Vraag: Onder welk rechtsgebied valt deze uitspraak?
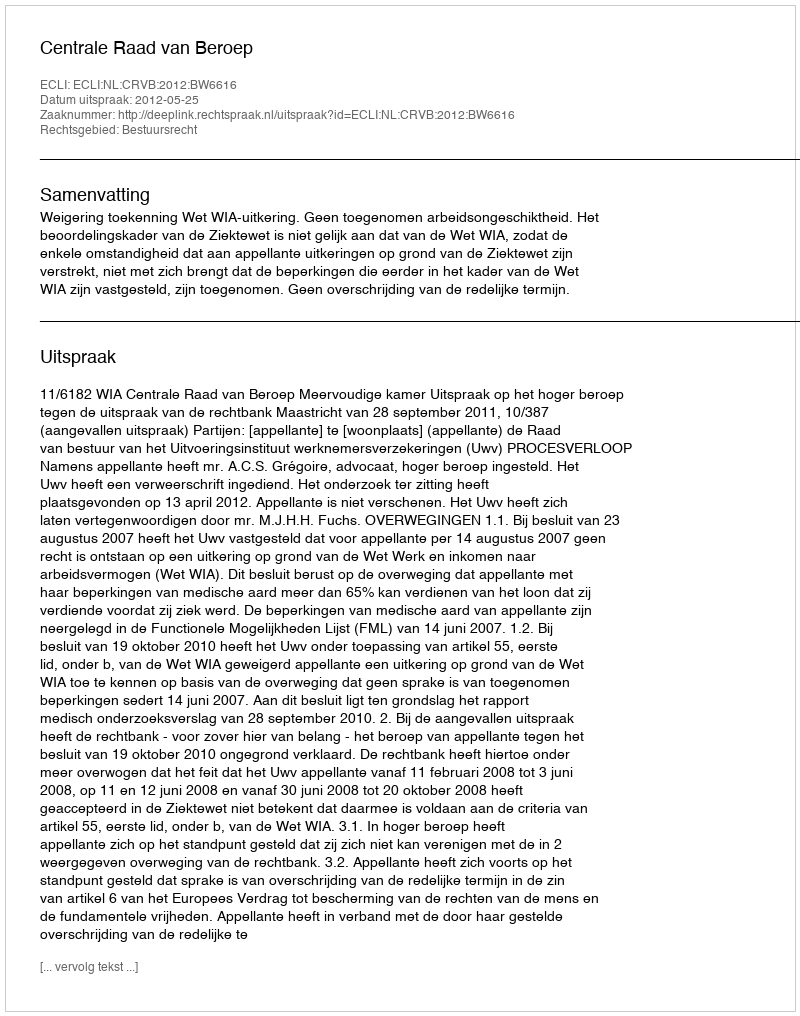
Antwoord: Bestuursrecht